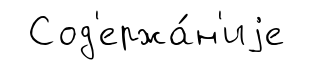
Сод'ержа́н'иjе